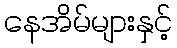
နေအိမ်များနှင့်